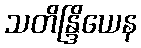
သတိန္ဒြိယေန